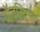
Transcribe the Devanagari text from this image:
पॉलस्ट्रिस